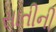
સાતીની